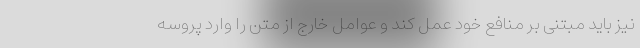
نیز باید مبتنی بر منافع خود عمل کند و عوامل خارج از متن را وارد پروسه